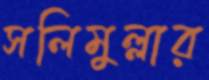
সলিমুল্লার